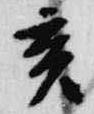
亥